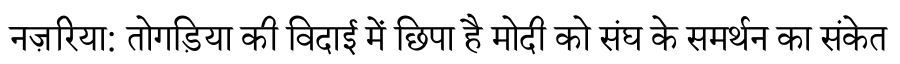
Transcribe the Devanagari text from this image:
नज़रिया: तोगड़िया की विदाई में छिपा है मोदी को संघ के समर्थन का संकेत